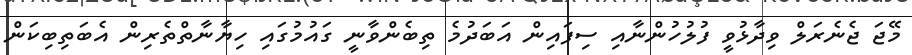
މޭޖަ ޖެނެރަލް ވިދާޅުވީ ފުލުހުންނާއި ސިފައިން އަބަދުމެ ތިބެންވާނީ ގައުމުގައި ހިޔާނާތްތެރިން އެބަތިބިކަން